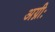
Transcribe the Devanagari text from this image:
अग्नीः